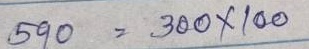
590 = 300 x 100